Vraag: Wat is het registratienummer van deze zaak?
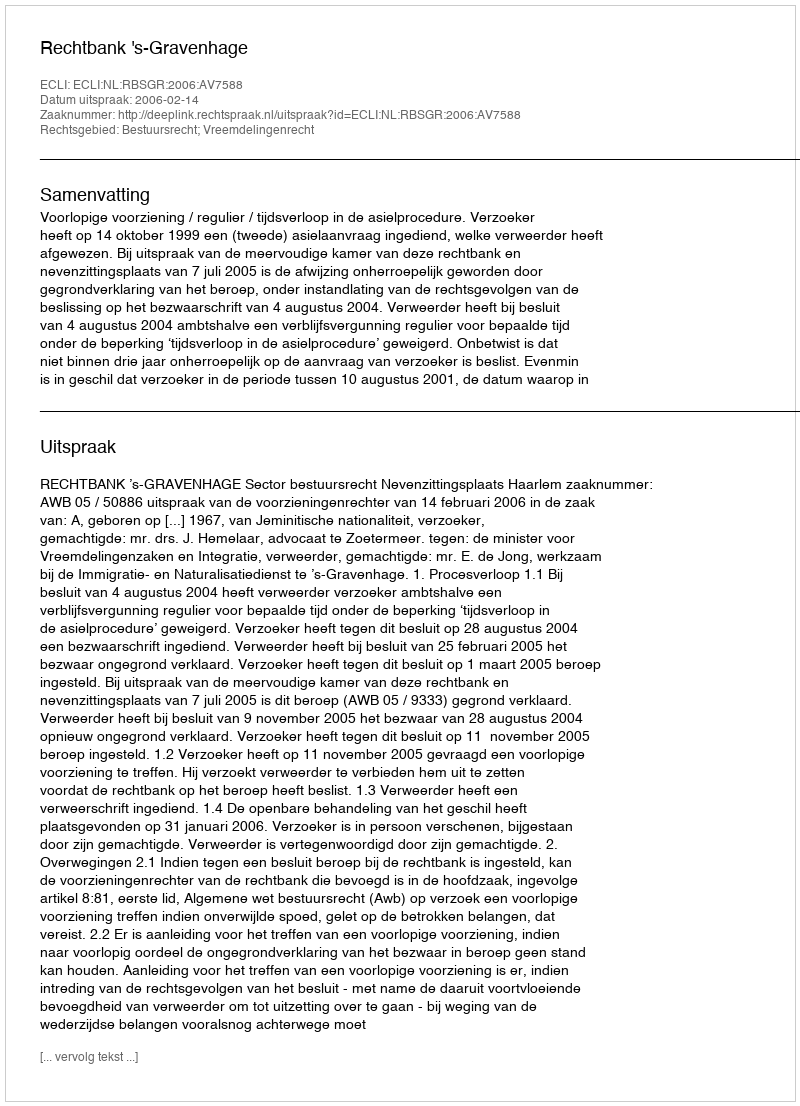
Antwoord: http://deeplink.rechtspraak.nl/uitspraak?id=ECLI:NL:RBSGR:2006:AV7588